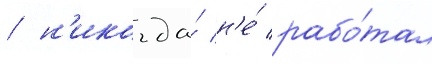
/ н'икогда́ н'е́ рабо́тал